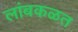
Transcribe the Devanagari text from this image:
लांबकळत